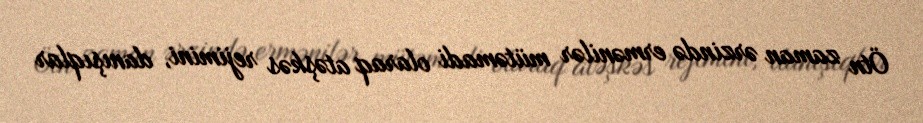
Ötn zaman ərzində ermənilər mütəmadi olaraq atəşkəs rejimini, danışıqlar